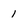
Character: 1